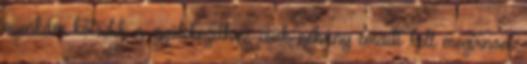
munkám kötődik a gyülekezethez, csak néhány emailt kell megírnom